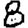
Digit: 8